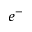
e ^ { - }